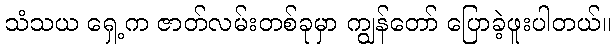
သံသယ ရှေ့က ဇာတ်လမ်းတစ်ခုမှာ ကျွန်တော် ပြောခဲ့ဖူးပါတယ်။